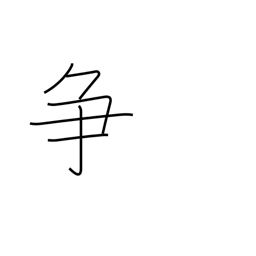
Meaning: contend